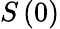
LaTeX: S\left(0\right)